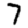
Digit: 7